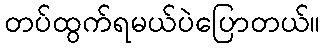
တပ်ထွက်ရမယ်ပဲပြောတယ်။